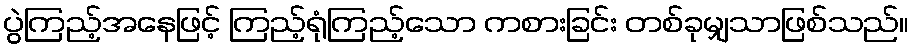
ပွဲကြည့်အနေဖြင့် ကြည့်ရုံကြည့်သော ကစားခြင်း တစ်ခုမျှသာဖြစ်သည်။